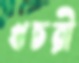
খচরী